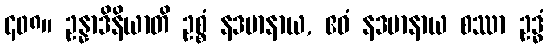
၄၀၈။ ဥန္နာဒိနိယာတိ ဥစ္စံ နဒမာနာယ, ဧဝံ နဒမာနာယ စဿာ ဥဒ္ဓံ